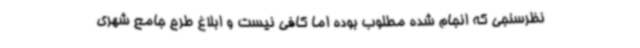
نظرسنجی که انجام شده مطلوب بوده اما کافی نیست و ابلاغ طرح جامع شهری